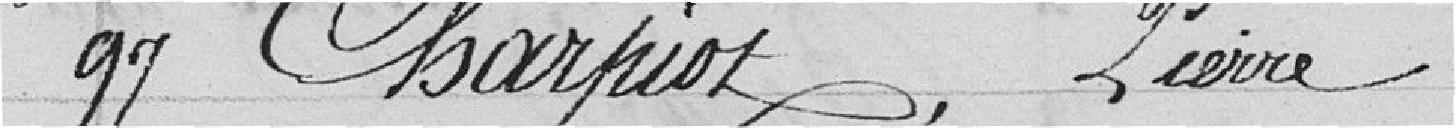
97 Charpiot, Pierre